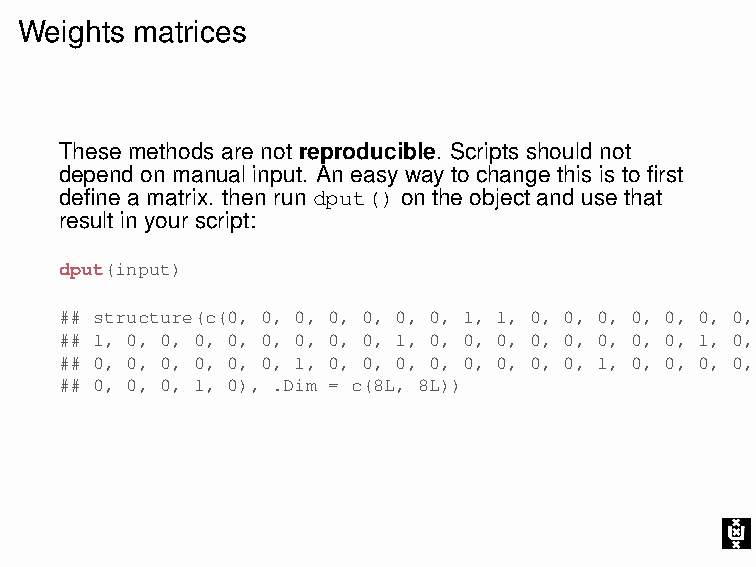
Weights matrices
 These methods are not reproducible. Scripts should not
 depend on manual input. An easy way to change this is to first
 define a matrix. then run dput() on the object and use that
 result in your script:
 dput(input)
 ## structure(c(0, 0, 0, 0, 0, 0, 0, 1, 1, 0, 0, 0, 0, 0, 0, 0, 0,
 ## 1, 0, 0, 0, 0, 0, 0, 0, 0, 1, 0, 0, 0, 0, 0, 0, 0, 0, 1, 0, 0,
 ## 0, 0, 0, 0, 0, 0, 1, 0, 0, 0, 0, 0, 0, 0, 0, 1, 0, 0, 0, 0, 0,
 ## 0, 0, 0, 1, 0), .Dim = c(8L, 8L))